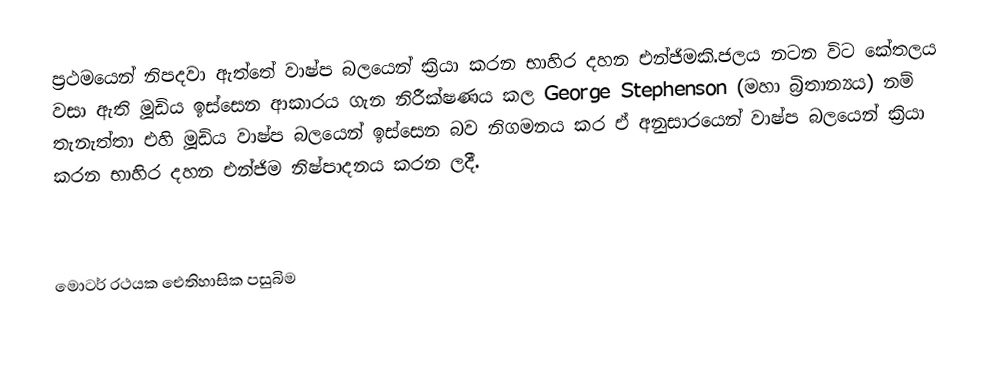
ප්‍රථමයෙන් නිපදවා ඇත්තේ වාෂ්ප බලයෙන් ක්‍රියා කරන භාහිර දහන එන්ජිමකි.ජලය නටන විට කේතලය වසා ඇති මූඩිය ඉස්සෙන ආකාරය ගැන නිරීක්ෂණය කල George Stephenson (මහා බ්‍රිතාන්‍යය) නම් තැනැත්තා එහි මූඩිය වාෂ්ප බලයෙන් ඉස්සෙන බව නිගමනය කර ඒ අනුසාරයෙන් වාෂ්ප බලයෙන් ක්‍රියා කරන භාහිර දහන එන්ජිම නිෂ්පාදනය කරන ලදී.

 මොටර් රථයක ඓතිහාසික පසුබිම